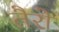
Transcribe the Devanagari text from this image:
तैरो